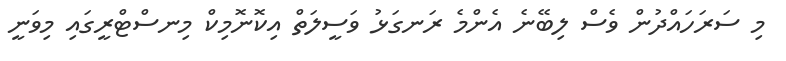
މި ސަރަހައްދުން ވެސް ލިބޭނެ އެންމެ ރަނގަޅު ވަސީލަތް އިކޮނޮމިކް މިނސްޓްރީގައި މިވަނީ